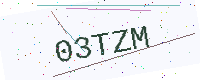
Text: 03TZM